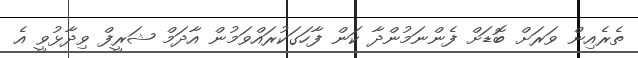
ތެރެއިން ވަރަށް ބޮޑަށް ފެންނަމުންދާ ކަން ފާހަގަކުރައްވަމުން އާދަމް ޝަރީފް ވިދާޅުވީ އެ